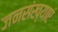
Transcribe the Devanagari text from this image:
जनसंख्याएं